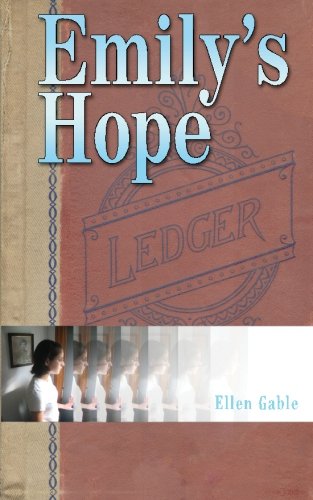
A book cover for Emily's Hope; Ellen Gable; Literature & Fiction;